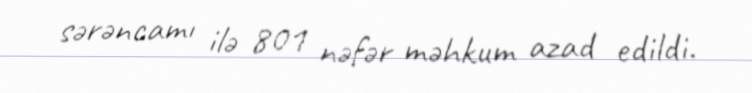
sərəncamı ilə 801 nəfər məhkum azad edildi.